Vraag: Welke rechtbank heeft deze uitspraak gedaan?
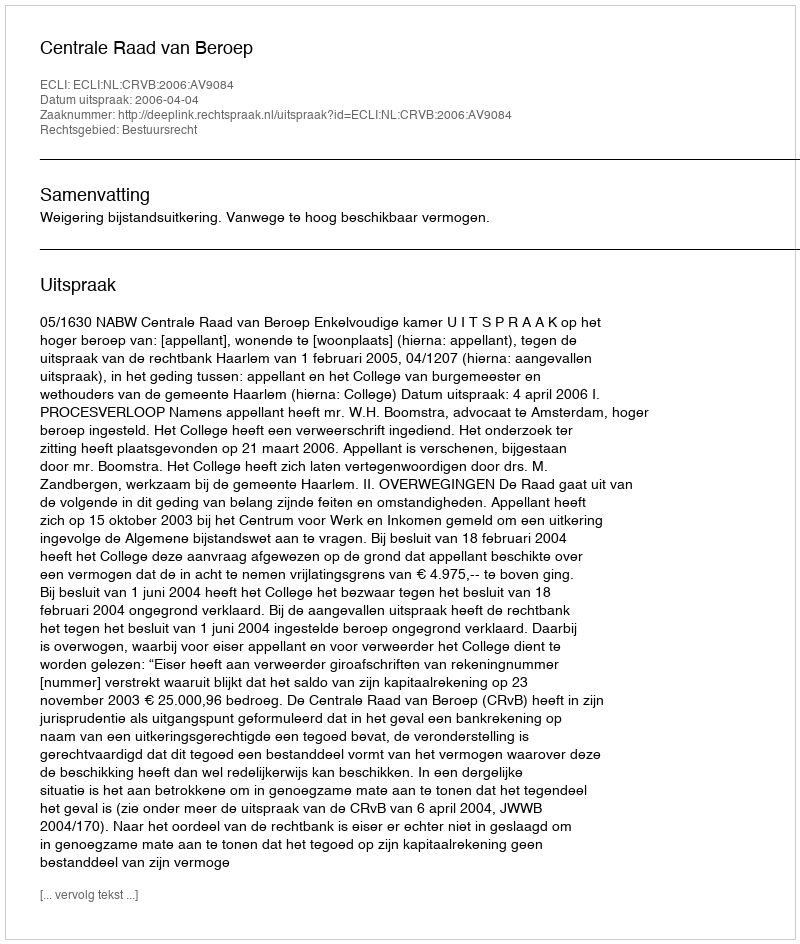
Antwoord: Centrale Raad van Beroep